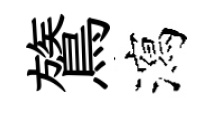
鷟瀉